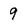
Character: 9